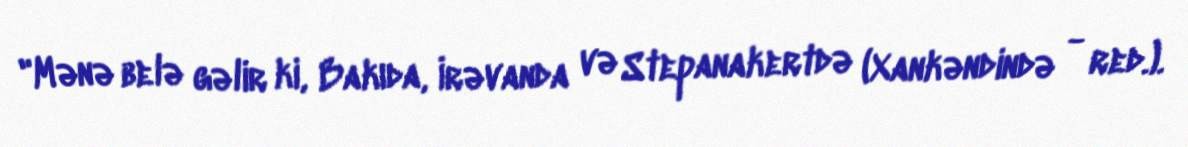
"Mənə belə gəlir ki, Bakıda, İrəvanda və Stepanakertdə (Xankəndində - red.).